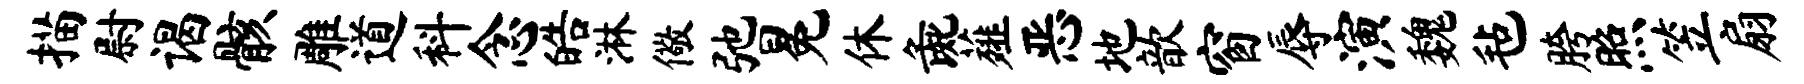
描尉谒骸雕道科念皓淋儆弛冕休彘薤恶地歆窗辱演魏毡胯照笠扇